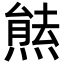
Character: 㷱